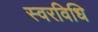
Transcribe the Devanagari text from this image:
स्वरविधि